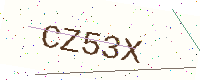
Text: CZ53X